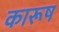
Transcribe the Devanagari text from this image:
कारूष